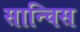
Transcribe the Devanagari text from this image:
सान्चिस